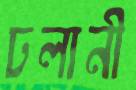
ঢলানী